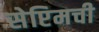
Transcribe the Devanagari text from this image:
सेप्टिमची